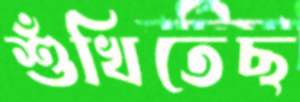
শুঁখিতেছ